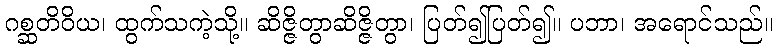
ဂစ္ဆတိဝိယ၊ ထွက်သကဲ့သို့။ ဆိဇ္ဇိတွာဆိဇ္ဇိတွာ၊ ပြတ်၍ပြတ်၍။ ပဘာ၊ အရောင်သည်။